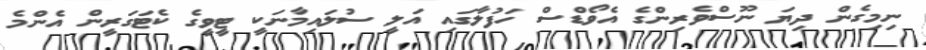
ނިމިގެން ދިޔަ ނޫސްވެރިންގެ އެވޯޑްސް ހަފުލާގައި އަލީ ސުލައިމާނަކީ ޓީވީގެ ކެޓަގަރީން އެންމެ